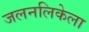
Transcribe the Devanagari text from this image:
जलनलिकेला